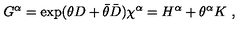
G ^ { \alpha } = \exp ( \theta D + \bar { \theta } \bar { D } ) \chi ^ { \alpha } = H ^ { \alpha } + \theta ^ { \alpha } K \ ,